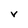
Character: V